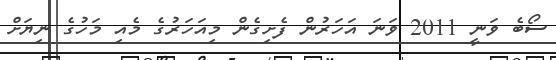
ސޯބެ ވަނީ 2011 ވަނަ އަހަރުން ފެށިގެން މިއަހަރުގެ މެއި މަހުގެ ނިޔަށް